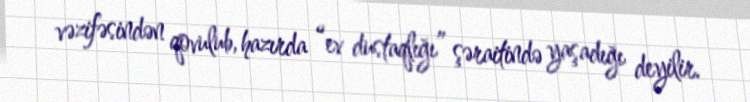
vəzifəsindən qovulub, hazırda “ev dustaqlığı” şəraitində yaşadığı deyilir.